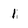
Character: 1